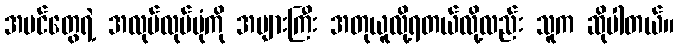
အပင်တွေရဲ့ အလုပ်လုပ်ပုံကို အများကြီး အတုယူလို့ရတယ်လို့လည်း သူက ဆိုပါတယ်။